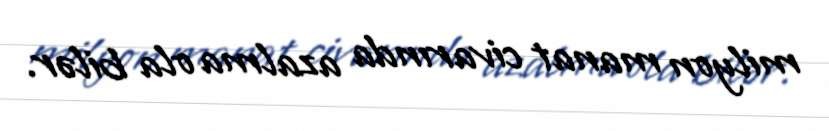
milyon manat civarında azalma ola bilər.